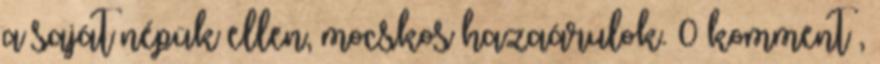
a saját népük ellen, mocskos hazaárulok. 0 komment ,